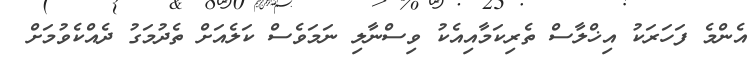
އެންމެ ފަހަރަކު އިޚްލާސް ތެރިކަމާއިއެކު ވިސްނާލި ނަމަވެސް ކަލެއަށް ތެދުމަގު ދެއްކެވުމަށް